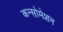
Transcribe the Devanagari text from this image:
कन्सोमेशन